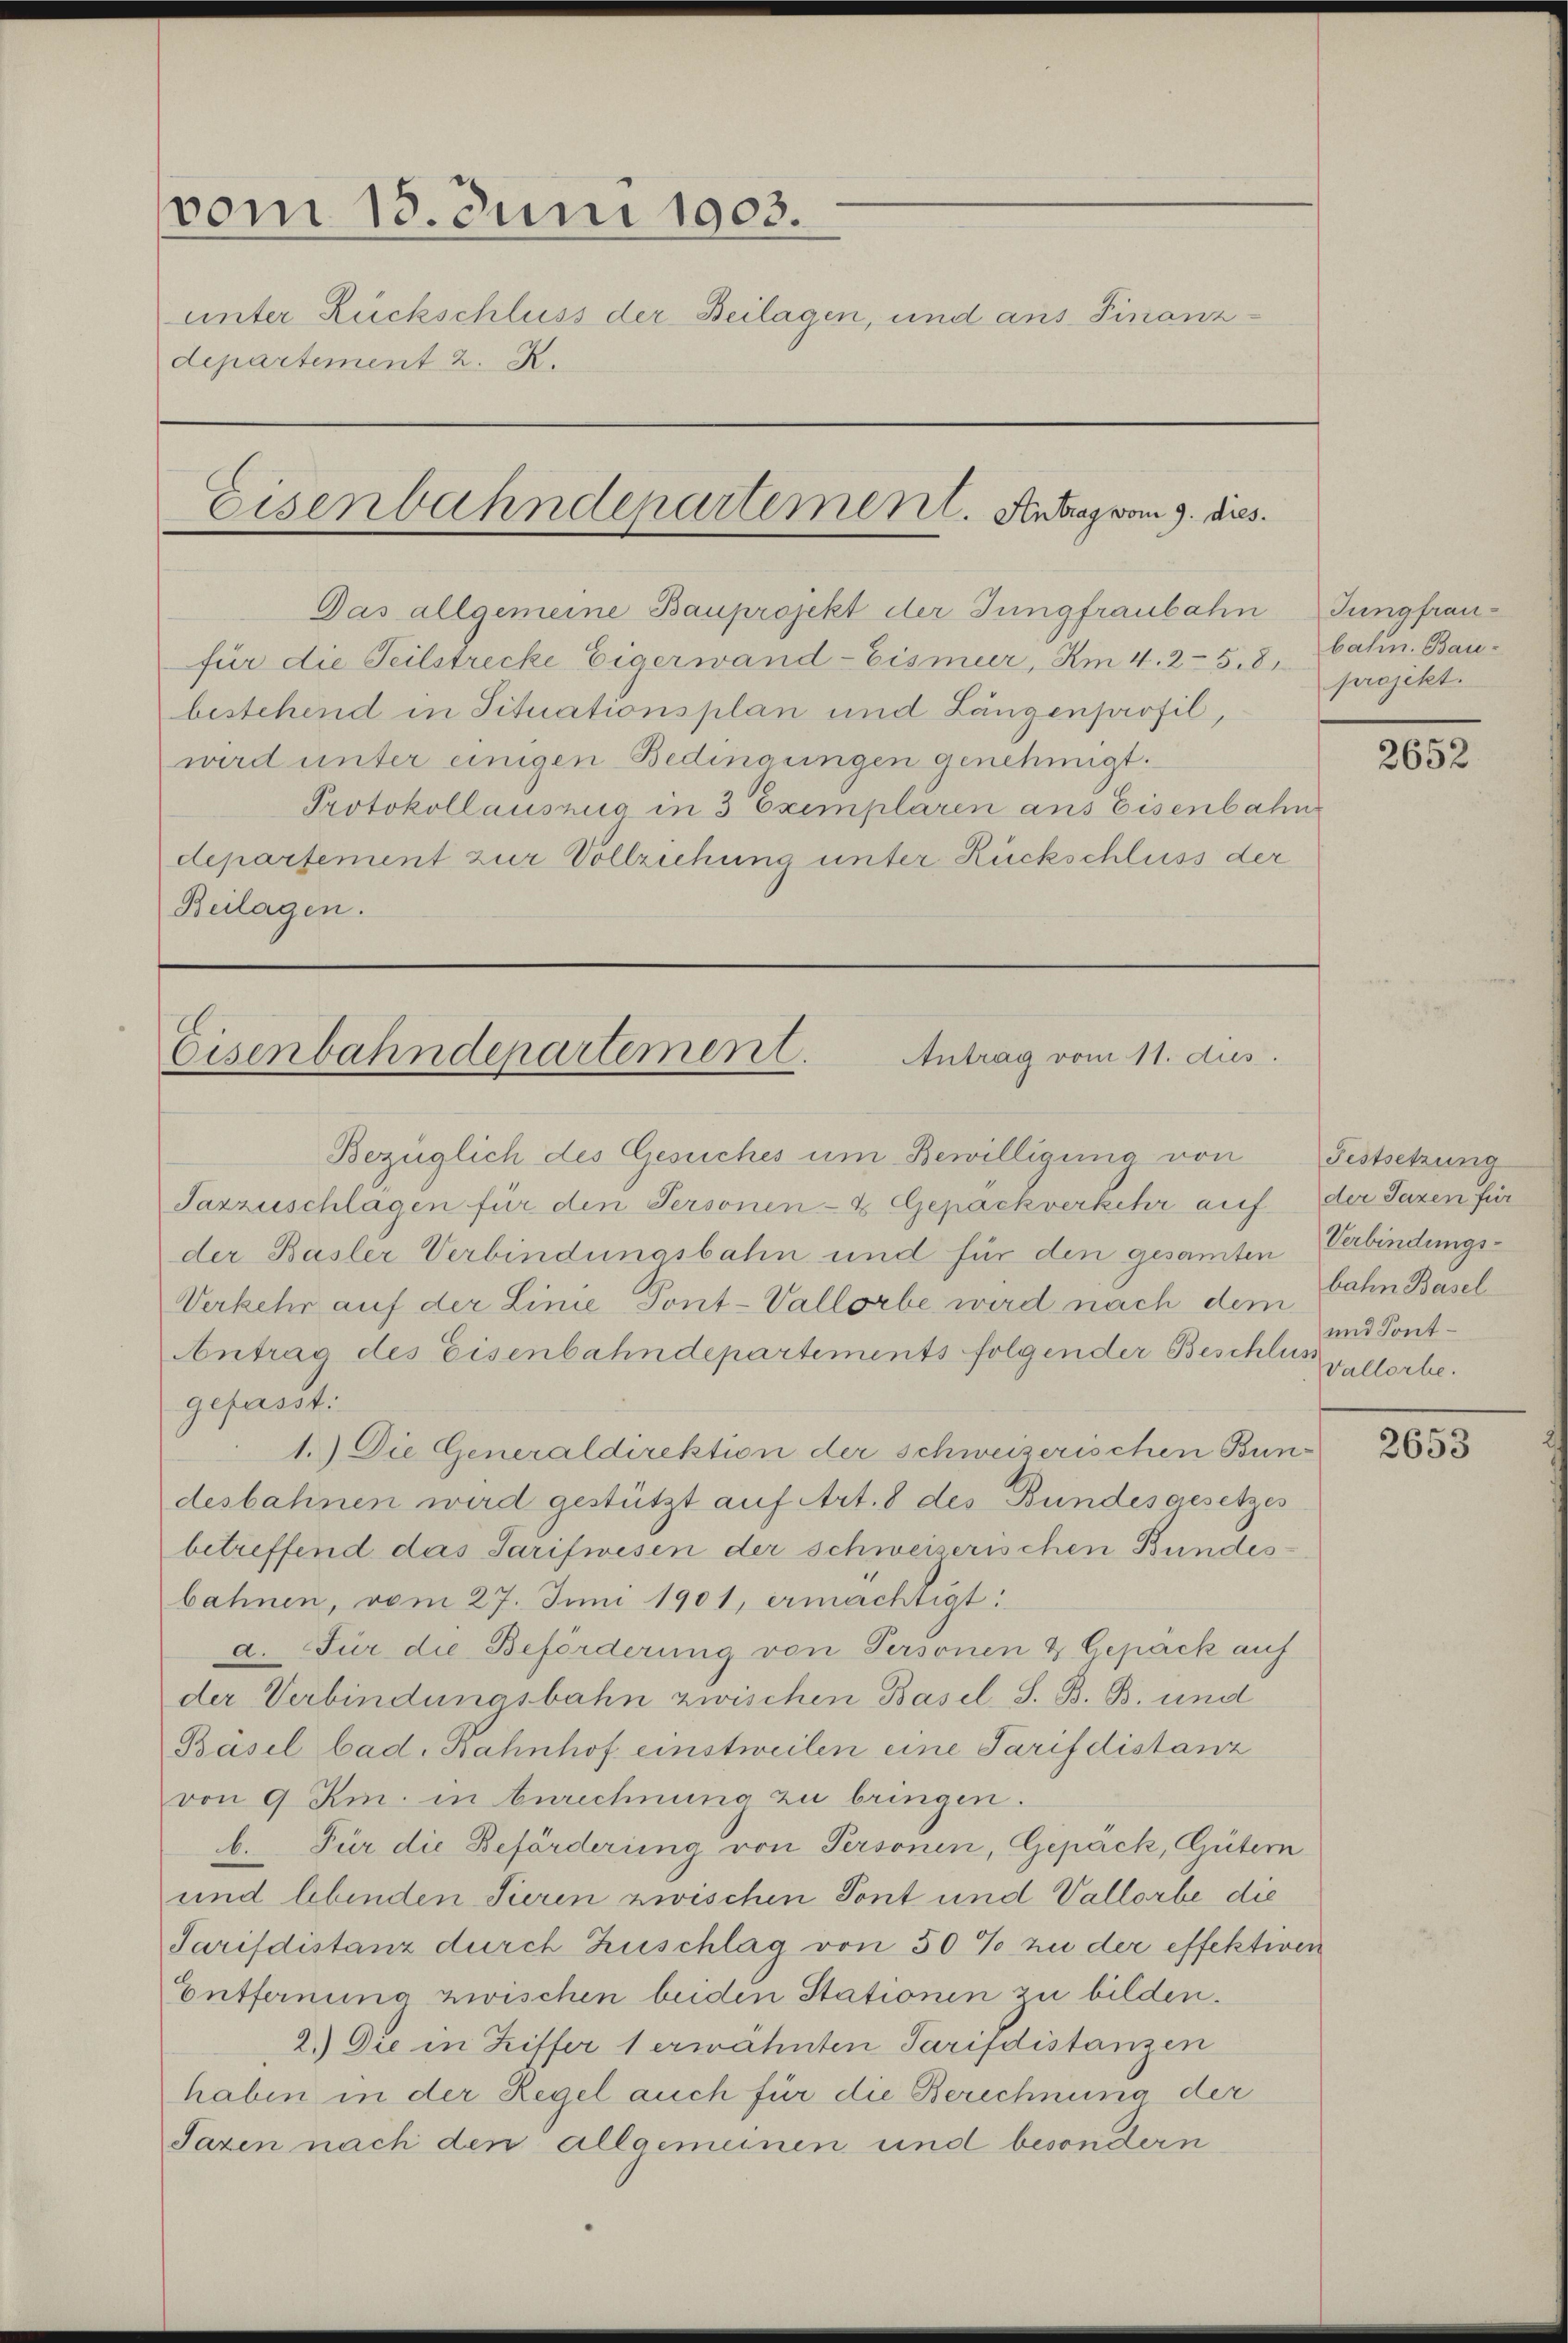
vom 15. Juni 1903.
unter Rückschluss der Beilagen, und aus Finanzdepartement 2. K.

Eisenbahndepartement. Antrag vom 9. dies

Das allgemeine Bauprojekt der Jungfraubahn
für die Teilstrecke Eigerwand-Eismeer, Am 4. 25. 8, Cahn. Bau-
bestehend in Situationsplan und Längenprofil,
wird unter einigen Bedingungen genehmigt.
Protokollauszug in 3 Exemplaren aus Eisenbahn
departement zur Vollziehung unter Rückschluss der
Beilagen.

Eisenbahndepartement.
Antrag vom 11. dus.

Bezüglich des Gesuches um Bewilligung von Festsetzung
Tazzuschlagen für den Personen- & Gepäckverkehr auf der Taxen für
der Basler Verbindungsbahn und für den gesamten Verbindungs¬
Verkehr auf der Linie Pont-Vallorbe wird nach dem Bahn Basel
Antrag des Eisenbahndepartements folgender Beschluss allorbegefasst.
1.) Die Generaldirektion der schweizerischen Bun-
desbahnen wird gestützt auf Art. 8 des Bundesgesetzes
betreffend das Tarifwesen der schweiserischen Bundesbahnen, vom 27. Juni 1901, ermächtigt:
d. Für die Beförderung von Personen & Gepäck auf
der Verbindungsbahn zwischen Basel-S. B. B. und
Bäsel bad. Bahnhof einstweilen eine Tarif distanz
von 9 Km. in Anrechnung zu bringen.
b. Für die Beförderung von Personen, Gepäck, Gütern
und Abenden Tieren zwischen Tont und Vallorbe die
Sarifdistanz durch Zuschlag von 50% zu der effektiven
Entfernung zwischen beiden Stationen zu bilden.
2.) Die in Ziffer 1 erwähnten Parisdistanzen
haben in der Regel auch für die Berechnung der
Jazen nach den allgemeinen und besondern

Jungfrauprojekt.

2652

und Pont-

2653